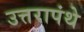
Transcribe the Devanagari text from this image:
उत्तरापंथे